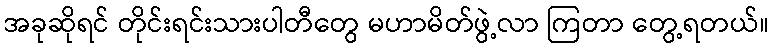
အခုဆိုရင် တိုင်းရင်းသားပါတီတွေ မဟာမိတ်ဖွဲ့လာ ကြတာ တွေ့ရတယ်။